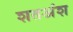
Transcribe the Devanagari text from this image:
शतअंश